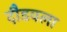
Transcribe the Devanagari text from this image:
दौडवला